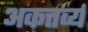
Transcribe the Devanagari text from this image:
अकत्तर्व्य